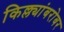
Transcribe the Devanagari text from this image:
किल्ल्यांबरोबर